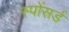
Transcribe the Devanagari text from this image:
स्पोंसर्ड